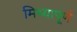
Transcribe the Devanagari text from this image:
मिथ्यापूर्ण